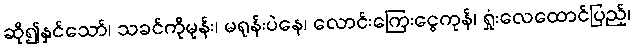
ဆို၍နှင်သော်၊ သခင်ကိုမုန်း၊ မရုန်းပဲနေ၊ လောင်းကြေးငွေကုန်၊ ရှုံးလေထောင်ပြည့်၊